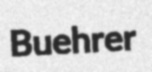
Buehrer